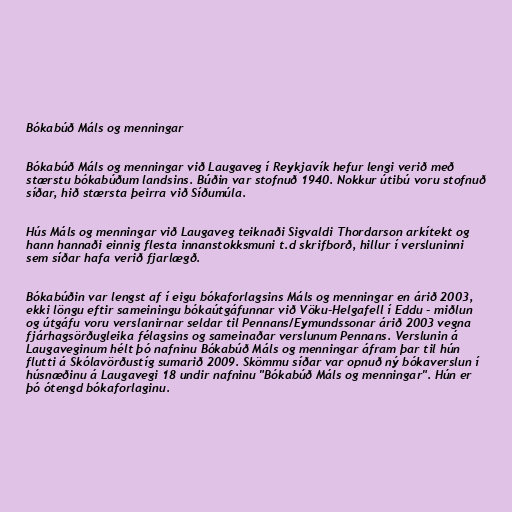
Bókabúð Máls og menningar

Bókabúð Máls og menningar við Laugaveg í Reykjavík hefur lengi verið með
stærstu bókabúðum landsins. Búðin var stofnuð 1940. Nokkur útibú voru stofnuð
síðar, hið stærsta þeirra við Síðumúla.

Hús Máls og menningar við Laugaveg teiknaði Sigvaldi Thordarson arkítekt og
hann hannaði einnig flesta innanstokksmuni t.d skrifborð, hillur í versluninni
sem síðar hafa verið fjarlægð.

Bókabúðin var lengst af í eigu bókaforlagsins Máls og menningar en árið 2003,
ekki löngu eftir sameiningu bókaútgáfunnar við Vöku-Helgafell í Eddu - miðlun
og útgáfu voru verslanirnar seldar til Pennans/Eymundssonar árið 2003 vegna
fjárhagsörðugleika félagsins og sameinaðar verslunum Pennans. Verslunin á
Laugaveginum hélt þó nafninu Bókabúð Máls og menningar áfram þar til hún
flutti á Skólavörðustíg sumarið 2009. Skömmu síðar var opnuð ný bókaverslun í
húsnæðinu á Laugavegi 18 undir nafninu "Bókabúð Máls og menningar". Hún er
þó ótengd bókaforlaginu.